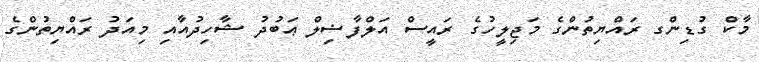
މާކް ގުޑިންގ ރައްޔިތުންގެ މަޖިލީހުގެ ރައީސް އަލްފާޟިލް ޢަބުދު ޝާހިދުއާއި މިއަދު ރައްޔިތުންގެ